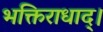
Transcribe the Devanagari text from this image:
भक्तिराधाद्।